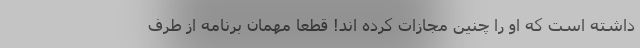
داشته است که او را چنین مجازات کرده اند! قطعا مهمان برنامه از طرف